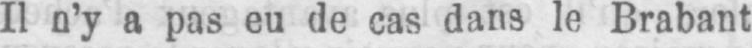
Il n’y a pas eu de cas dans le Brabant